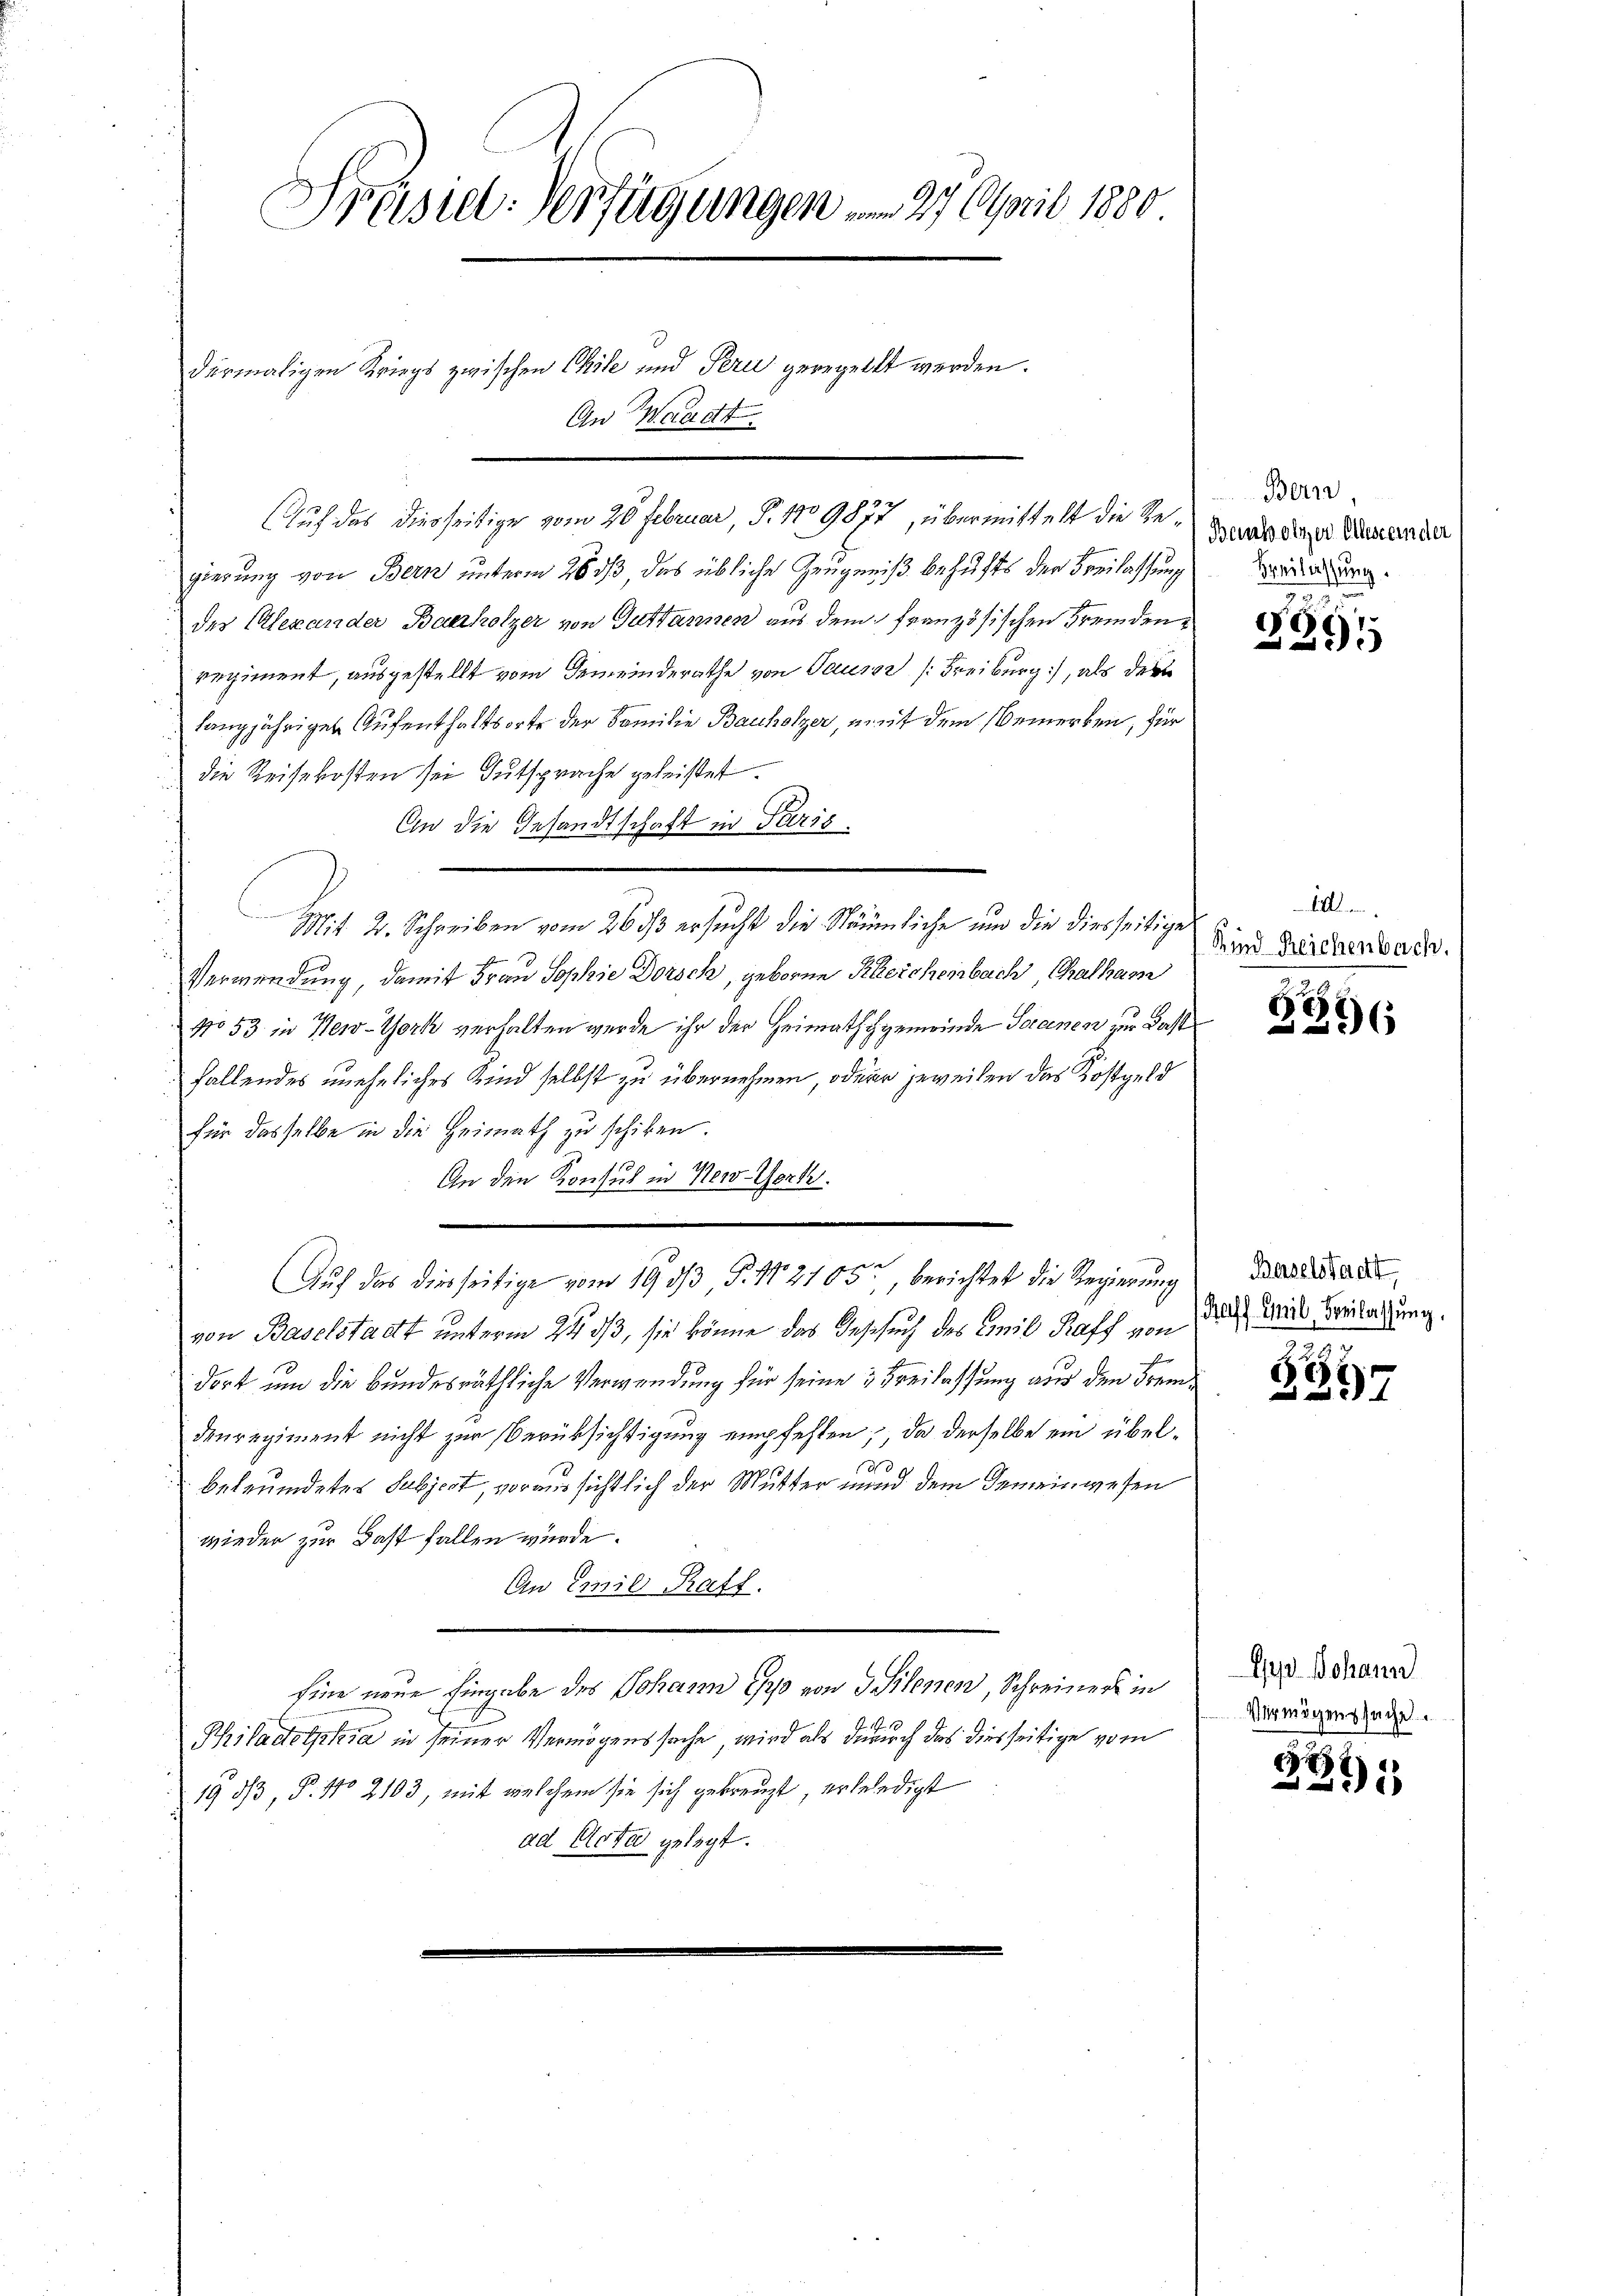
Prasiel-Verfügungen am 27. April 1880
dermaligen Kriegs zwischen Chile und Peri geregellt werden.
An Waadt

Auf das diesseitige vom 20 Februar, S. 119877, übermittelt die Re-Gens der zur Anneman
gierung von Bern unterm 26 dß, das übliche Zeugniß behufs der Freilassung
des Alexander Baerholzer von Guttannen aus dem französischen Fremdenregiment, ausgestellt vom Gemeinderathe von Tauser (Freiburg), als der
langjährigen Aufenthaltsorte der Familie Bauholzer, mit dem Bemerken, für
die Reisekosten sei Gutsprache geleistet.
An die Gesandtschaft in Paris.
C
Mit 2. Schreiben vom 26. ds ersucht die Räumliche und die diesseitige
Verwendung, damit Frau Sophie Dorsch, geborne Kleichenbach, Cathem
No 53 in New-York verhalten werde ihr der Heimatschgemeinde Saanen zur Fast
fallendes uneheliches Kind selbst zu übernehmen, oder jeweilen das Kostgeld
für dasselbe in die Heimath zu schicken.
An den Konsul in New-York.
e
Auch das diesseitige vom 19. ds P. Nr. 2105, berichtet die Regierung de
von Baselstadt unterm 24. ds, sie könne das Gesuch des Civil Raff von
dort um die bundesräthliche Verwendung für seine 3 Freilassung aus den Fremdenregiment nicht zur Berüksichtigung empfehlen, da derselbe ein übelbeleumdetes Subject, voraussichtlich der Mutter und dem Gemeinwesen
wieder zur Last fallen würde.
An Einie Ratt.
Eine neue Eingabe des Johann Er von 3 Silenen, Schreiners in
Philadolphia in seiner Vermögenssache, wird als durch das diesseitige vom
193/3, P. No 2103, mit welchem sie sich gekreuzt, erbeledigt
ad Acta gelegt.

Bern,
Breilassung.

.
e
3

A
Kind Reichenbach.

396

Rafs Emil Beilassŭng.

6
237

I Johann
Vermögenssuche.

2251